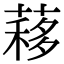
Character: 䔟